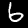
Digit: 6